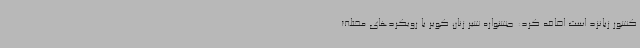
کشور زبانزد است اضافه کرد: ‌جشنواره شیر زنان کویر با رویکردهای مختلف